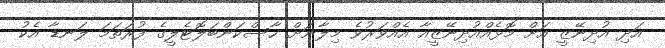
އަދި އުދިނޭޒީ އަށް މޮޅެއްއުދިނޭޒީއާ އެއްވަރުވެ މިލާނަށް ހާސްކަންބަލޮޓެލީގެ ފުރަތަމަ ލަނޑާ އެކު